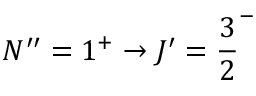
N ^ { \prime \prime } = 1 ^ { + } \rightarrow J ^ { \prime } = { \frac { 3 } { 2 } } ^ { - }